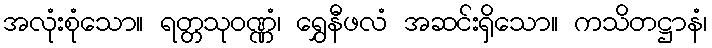
အလုံးစုံသော။ ရတ္တသုဝဏ္ဏံ၊ ရွှေနီဖလံ အဆင်းရှိသော။ ကသိတဋ္ဌာနံ၊